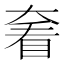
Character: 𡙍